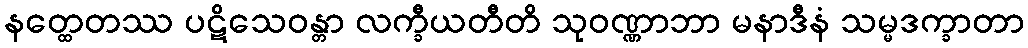
နတ္ထေတဿ ပဋိသေဝန္တာ လက္ခီယတီတိ သုဝဏ္ဏာဘာ မနာဒီနံ သမ္မဒက္ခာတာ